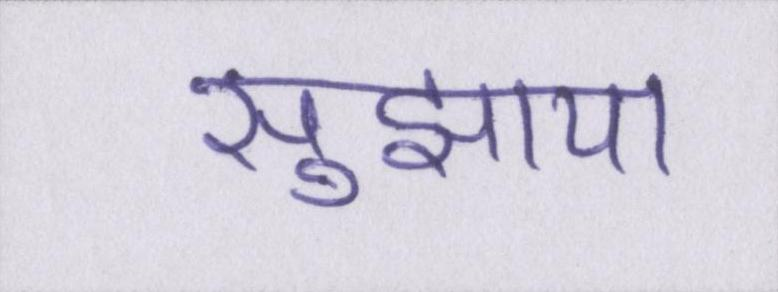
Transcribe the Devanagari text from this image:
सुझाया